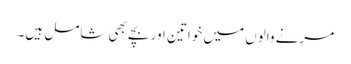
مرنے والوں میں خواتین اور بچے بھی شامل ہیں۔